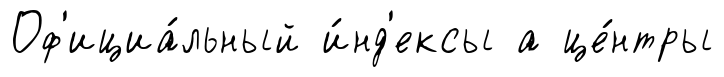
Оф'ициа́льный и́нд'ексы а це́нтры